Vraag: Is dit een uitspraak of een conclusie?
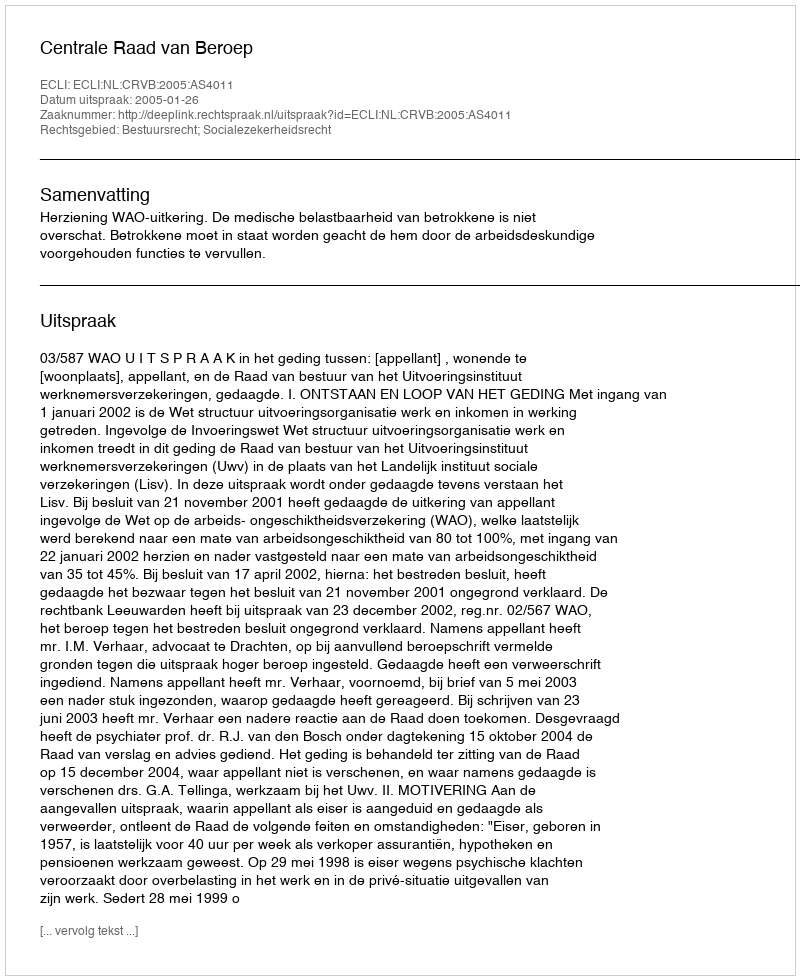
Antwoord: Uitspraak